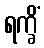
ရက္ခိံ